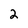
Character: 2